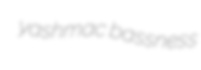
yashmac bassness